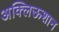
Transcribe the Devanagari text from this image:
अक्लिऊशान